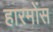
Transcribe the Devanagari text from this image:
हारमोंस